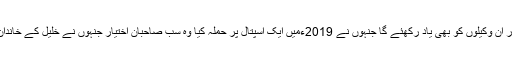
وڈیو اسکینڈل والے جج ارشد ملک کو بھی یاد رکھئے گا اور ان وکیلوں کو بھی یاد رکھئے گا جنہوں نے 2019ءمیں ایک اسپتال پر حملہ کیا وہ سب صاحبانِ اختیار جنہوں نے خلیل کے خاندان کو انصاف دینے کا وعدہ کیا لیکن وعدہ پورا نہ کر سکے۔